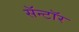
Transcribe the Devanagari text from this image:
सॅन्टॉर